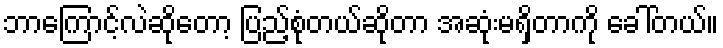
ဘာကြောင့်လဲဆိုတော့ ပြည့်စုံတယ်ဆိုတာ အဆုံးမရှိတာကို ခေါ်တယ်။